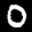
Label: 0